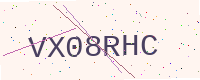
Text: VX08RHC